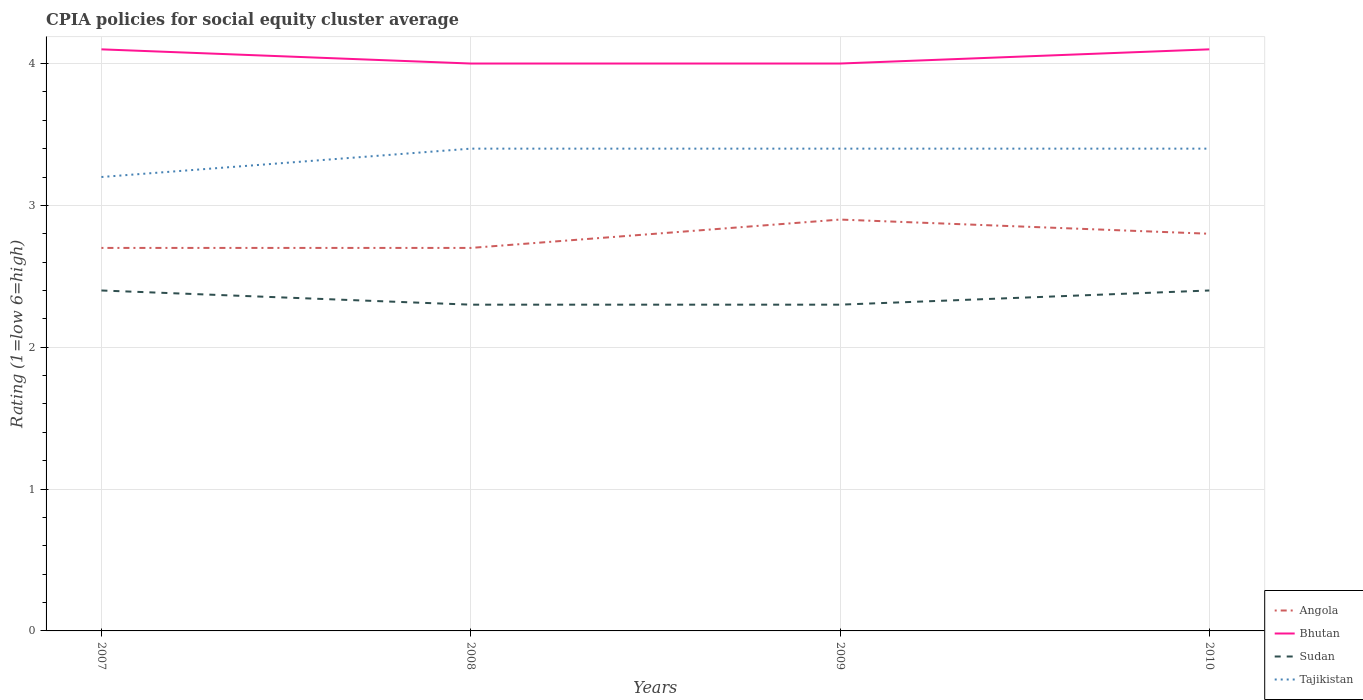
| Years | Angola | Bhutan | Sudan | Tajikistan |
 | --- | --- | --- | --- | --- |
 | 2007 | 2.7 | 4.1 | 2.4 | 3.2 |
 | 2008 | 2.7 | 4 | 2.3 | 3.4 |
 | 2009 | 2.9 | 4 | 2.3 | 3.4 |
 | 2010 | 2.8 | 4.1 | 2.4 | 3.4 |